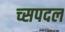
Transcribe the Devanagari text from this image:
च्सपदल